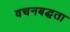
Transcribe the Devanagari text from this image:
वचनबद्घता